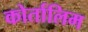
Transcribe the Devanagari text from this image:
कोर्तालिम